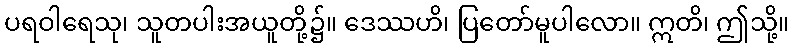
ပရဝါရေသု၊ သူတပါးအယူတို့၌။ ဒေဿဟိ၊ ပြတော်မူပါလော။ ဣတိ၊ ဤသို့။